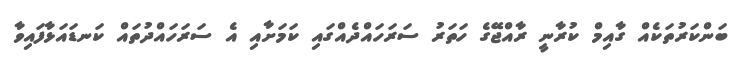
ބަންކަރުތަކެއް ގާއިމް ކުރާނީ ރާއްޖޭގެ ހަތަރު ސަރަހައްދެއްގައި ކަމަށާއި އެ ސަރަހައްދުތައް ކަނޑައަޅާފައިވާ